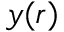
y ( r )